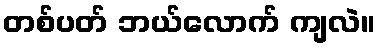
တစ်ပတ် ဘယ်လောက် ကျလဲ။